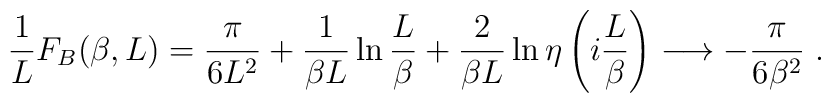
\frac{1}{L}F_{B}(\beta,L)=\frac{\pi}{6L^{2}}+\frac{1}{\beta    L}\ln{\frac{L}{\beta}}+\frac{2}{\beta    L}\ln{\eta\left(i\frac{L}{\beta}\right)} \longrightarrow  -\frac{\pi}{6\beta^{2}}\;.